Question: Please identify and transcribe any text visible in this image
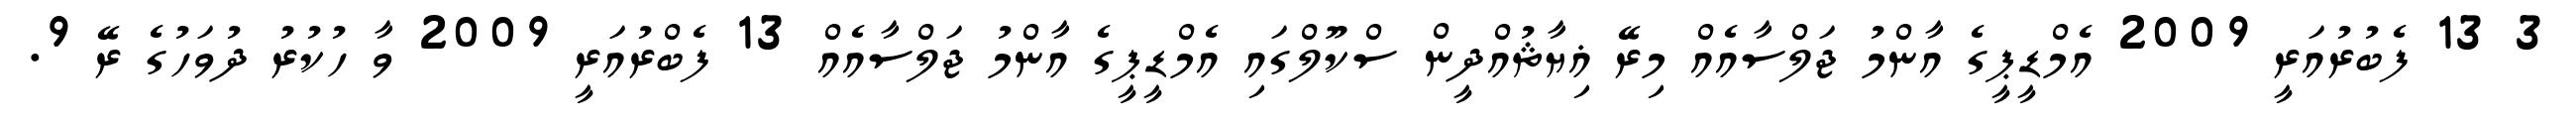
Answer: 3 13 ފެބުރުއަރީ 2009 އެމްޑީޕީގެ އާންމު ޖަލްސާއެއް މިރޭ ޣިޔާޘުއްދީން ސްކޫލްގައި އެމްޑީޕީގެ އާންމު ޖަލްސާއެއް 13 ފެބްރުއަރީ 2009 ވާ ހުކުރު ދުވަހުގެ ރޭ 9.